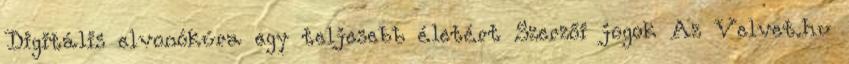
Digitális elvonókúra egy teljesebb életért Szerzői jogok Az Velvet.hu